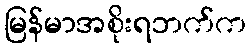
မြန်မာအစိုးရဘက်က